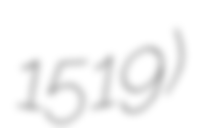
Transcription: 1519)